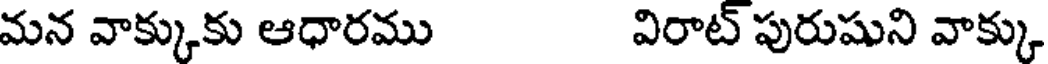
మన వాక్కుకు ఆధారము విరాట్ పురుషుని వాక్కు